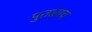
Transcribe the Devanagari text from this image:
पुतळाच